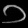
Digit: ၁